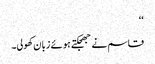
‘‘
قاسم نے جھجکتے ہوئے زبان کھولی۔